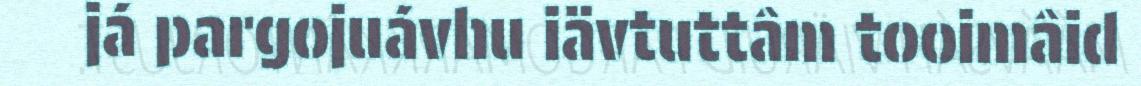
já pargojuávhu iävtuttâm tooimâid